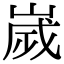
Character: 嵗